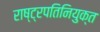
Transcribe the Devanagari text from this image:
राष्ट्रपतिनियुक्त